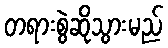
တရားစွဲဆိုသွားမည်